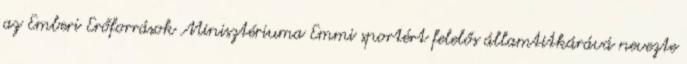
az Emberi Erőforrások Minisztériuma Emmi sportért felelős államtitkárává nevezte